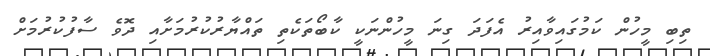
ތިބި މީހުން ކަމުގައިވާއިރު އެފަދަ ގިނަ މީހުންނަކީ ކާބޯތަކެތި ތައްޔާރުކުރުމަށާއި ދޮވެ ސާފުކުރުމަށް